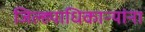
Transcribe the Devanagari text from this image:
जिल्ह्याधिकाऱ्यांना